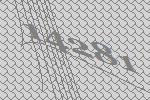
14281